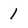
Character: 1